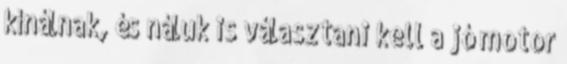
kínálnak, és náluk is választani kell a jó motor